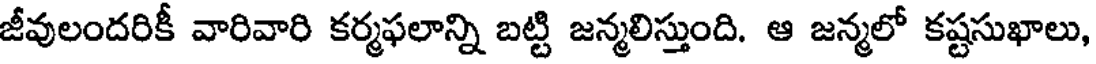
జీవులందరికీ వారివారి కర్మఫలాన్ని బట్టి జన్మలిస్తుంది. ఆ జన్మలో కష్టసుఖాలు,